Annual report on the Civil Veterinary Department, Burma (including the Insein Veterinary School) - 1923-1931
Year: 1923
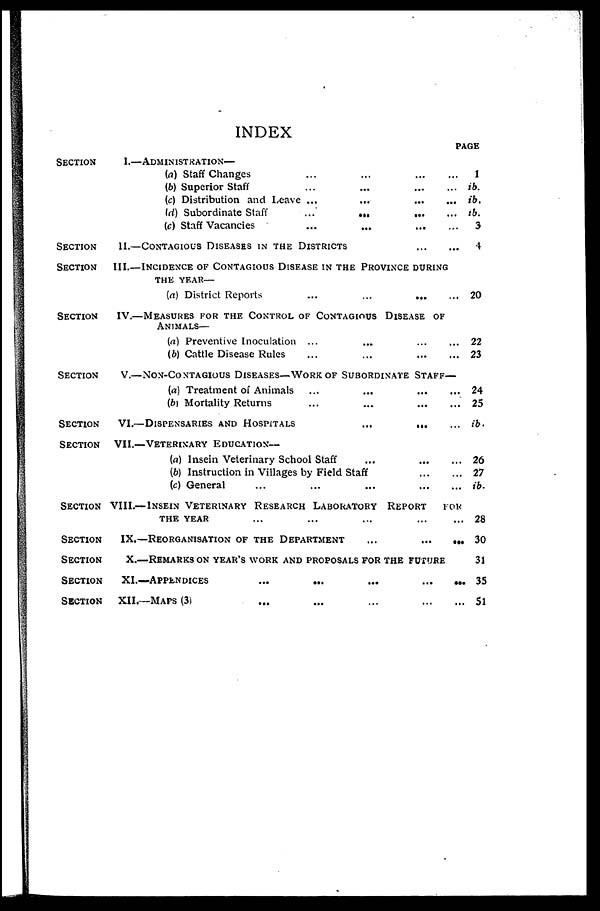
INDEX
PAGE
SECTION
I.—ADMINISTRATION—
(a) Staff Changes
...
...
...
...
(b) Superior Staff
...
...
...
...
(c) Distribution and Leave ...
...
...
...
(d) Subordinate Staff
...
...
...
...
(c) Staff Vacancies
...
...
...
...
SECTION
II.—CONTAGIOUS
DISEASES
IN
THE
DISTRICTS ... ...
SECTION III.—INCIDENCE OF CONTAGIOUS DISEASE IN THE PROVINCE DURING
THE
YEAR—
(a) District Reports
...
...
...
...
SECTION IV.—MEASURES FOR THE CONTROL OF CONTAGIOUS DISEASE OF
ANIMALS—
(a) Preventive Inoculation ... ... ... ... ...
(b) Cattle Disease Rules
...
...
...
...
SECTION V.—NON-CONTAGIOUS DISEASES—WORK OF SUBORDINATE STAFF—
(a) Treatment of Animals
...
...
...
...
(b) Mortality Returns
...
...
...
...
SECTION
VI.—DISPENSARIES
AND
HOSPITALS
...
... ...
SECTION VII.—VETERINARY EDUCATION—
(a) Insein Veterinary School Staff
...
...
...
(b) Instruction in Villages by Field Staff
...
...
(c) General
...
...
...
...
...
SECTION VIII.—INSEIN VETERINARY RESEARCH LABORATORY REPORT FOR
THE YEAR ... ... ... ... ...
SECTION IX.—REORGANISATION OF THE DEPARTMENT ...
...
...
SECTION X.—REMARKS ON YEAR'S WORK AND PROPOSALS FOR THE FUTURE
SECTION
XI.—APPENDICES
...
...
...
...
...
SECTION
XII.—MAPS
(3)
...
...
...
...
...
1
ib.
ib.
ib.
3
4
20
22
23
24
25
ib
26
27
ib.
28
30
31
35
51